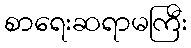
စာရေးဆရာမကြီး